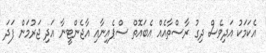
އެކަމަކު އަދިވެސް ދިގު ރާސްތާއެއް އެބައޮތް ސްޕެއިނާއި އާޖެންޓީނާ އަދި ޖަރުމަން ފަދަ